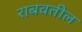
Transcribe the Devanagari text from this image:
राबवतील